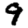
Digit: 9